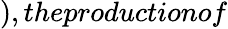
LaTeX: ),theproductionof